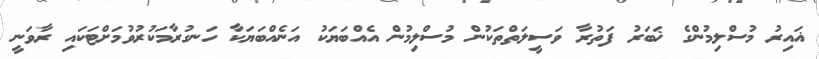
ޣައިރު މުސްލިމުންގެ ޚަބަރު ފަތުރާ ވަސީލަތްތަކުން މުސްލިމުން އެއްބަޔަކު އަނެއްބަޔަކާ ހަނގުރާމަކުރުވުމަށްޓަކައި ރާވަނީ